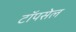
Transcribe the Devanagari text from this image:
टॉपसेल